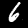
Digit: 6